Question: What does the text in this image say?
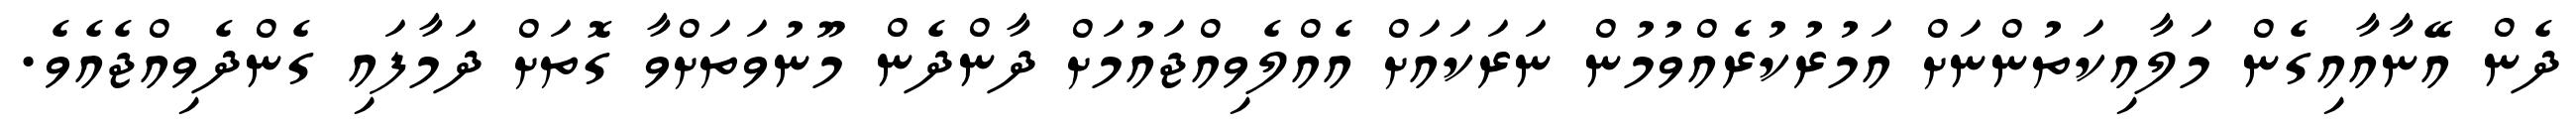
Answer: ދެން އޭނާއާއިގެން މަލާއިކަތުންނަށް އަމުރުކުރެއްވުމުން ނަރަކައަށް އެއްލެވިއްޖައުމަށް ދާންދެން މޫނުވަތަށްވާ ގޮތަށް ދަމާފައި ގެންދެވިއްޖެއެވެ.